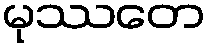
မုဿတေ